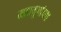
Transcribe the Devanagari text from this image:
महायुगांच्या